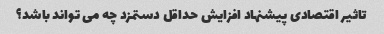
تاثیر اقتصادی پیشنهاد افزایش حداقل دستمزد چه می تواند باشد؟